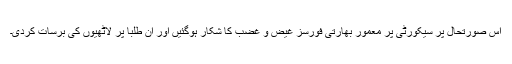
اس صورتحال پر سیکورٹی پر معمور بھارتی فورسز غیض و غضب کا شکار ہوگئیں اور ان طلبا پر لاٹھیوں کی برسات کردی۔